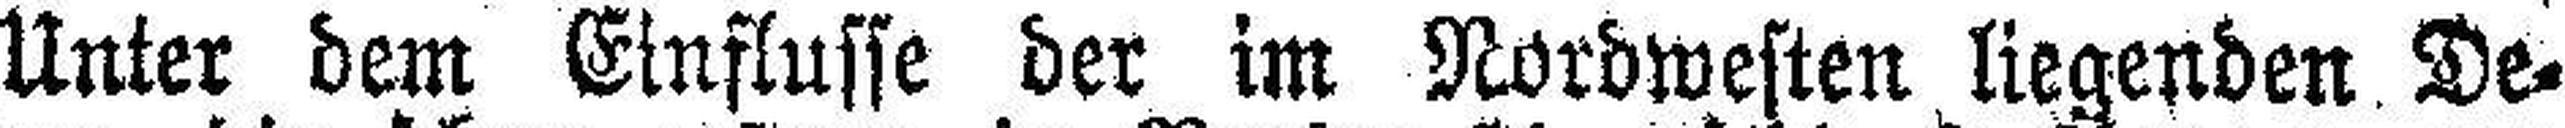
Unter dem Einflusse der im Nordwesten liegenden De¬